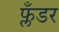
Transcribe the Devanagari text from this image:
फ्लँडर